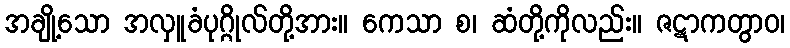
အချို့သော အလှူခံပုဂ္ဂိုလ်တို့အား။ ကေသာ စ၊ ဆံတို့ကိုလည်း။ ဇဋာကတွာဝ၊